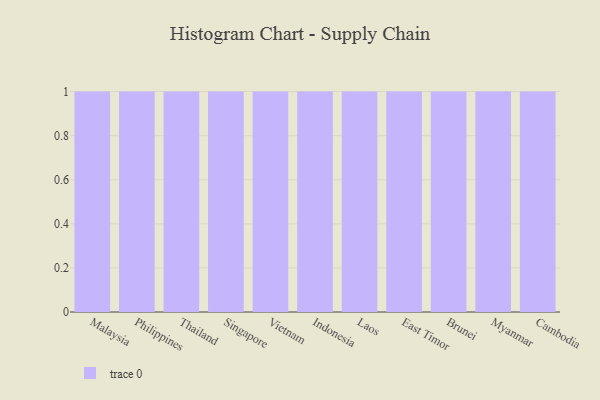
{"axis": {"x": "Country", "y": "Waste Production (Tons)"}, "legend": [""], "data": [{"x": "Malaysia", "y": 83, "type": ""}, {"x": "Philippines", "y": 98, "type": ""}, {"x": "Thailand", "y": 95, "type": ""}, {"x": "Singapore", "y": 73, "type": ""}, {"x": "Vietnam", "y": 17, "type": ""}, {"x": "Indonesia", "y": 37, "type": ""}, {"x": "Laos", "y": 60, "type": ""}, {"x": "East Timor", "y": 100, "type": ""}, {"x": "Brunei", "y": 94, "type": ""}, {"x": "Myanmar", "y": 80, "type": ""}, {"x": "Cambodia", "y": 50, "type": ""}]}